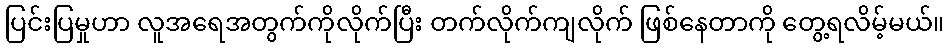
ပြင်းပြမှုဟာ လူအရေအတွက်ကိုလိုက်ပြီး တက်လိုက်ကျလိုက် ဖြစ်နေတာကို တွေ့ရလိမ့်မယ်။